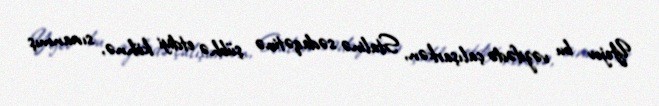
Yejov bu vəzifədə çalışarkən, Stalinə sədaqətinə şübhə etdiyi köhnə, sınanmış